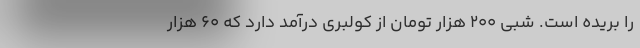
را بريده است. شبي 200 هزار تومان از كولبري درآمد دارد كه 60 هزار